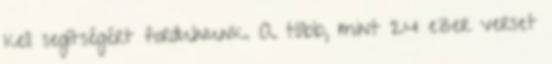
kell segítségért fordulnunk. A több, mint 24 ezer verset